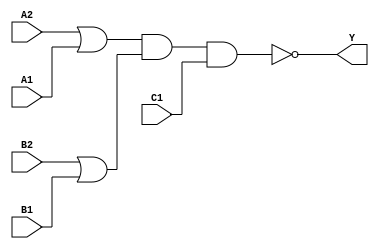
module sky130_fd_sc_hdll__o221ai (
    Y ,
    A1,
    A2,
    B1,
    B2,
    C1
);

    // Module ports
    output Y ;
    input  A1;
    input  A2;
    input  B1;
    input  B2;
    input  C1;

    // Local signals
    wire or0_out    ;
    wire or1_out    ;
    wire nand0_out_Y;

    //   Name   Output       Other arguments
    or   or0   (or0_out    , B2, B1              );
    or   or1   (or1_out    , A2, A1              );
    nand nand0 (nand0_out_Y, or1_out, or0_out, C1);
    buf  buf0  (Y          , nand0_out_Y         );

endmodule